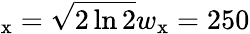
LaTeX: _\mathrm{x}=\sqrt{2\ln 2}w_{\mathrm{x}}=250